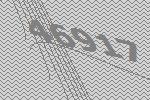
46917